King Institute of Preventive Medicine Micro-Biological Section reports 1909-11
Year: 1909
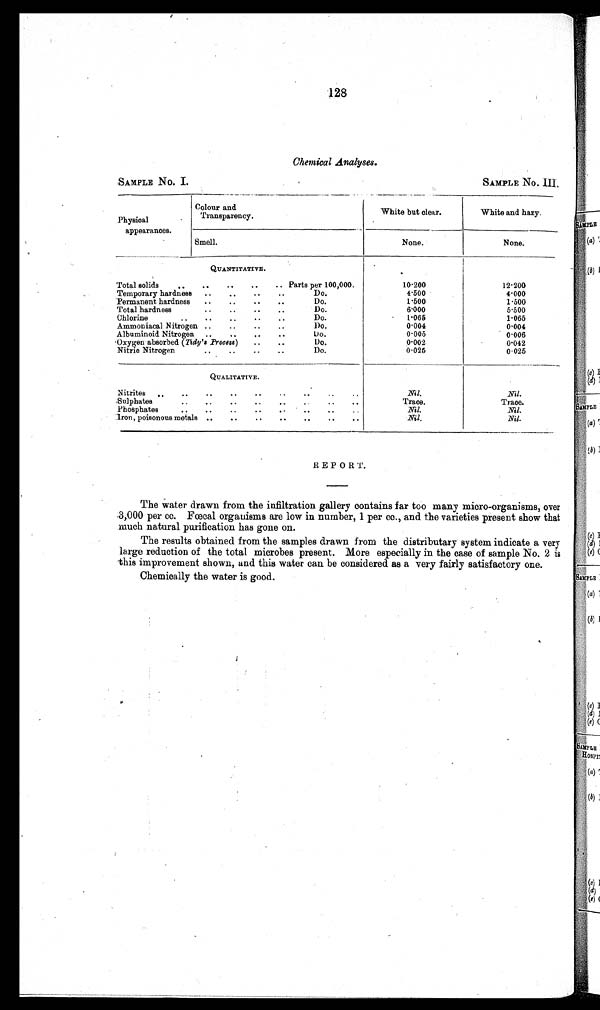
128
Chemical Analyses.
SAMPLE No. I. SAMPLE No. III.
Physical
appearances.
Colour and
Transparency.
White but clear.
White and hazy.
None.
Smell.
None.
QUANTITATIVE.
Total solids
..
..
..
..
.. Parts per 100,000.
10.200
12.200
Temporary hardness ..
..
..
..
Do.
4.500
4.000
Permanent hardness ..
..
..
..
Do.
1.500
1.500
Total hardness
..
..
..
..
Do.
6.000
5.500
Chlorine
..
..
..
..
..
Do.
1.065
1.065
Ammoniacal Nitrogen ..
..
..
..
Do.
0.004
0 . 0 0 4
Albuminoid Nitrogen ..
, .
..
..
Do.
0.005
0.006
'Oxygen absorbed ( Tidy's Process) ..
..
Do.
0.002
0.042
Nitric Nitrogen
..
..
..
..
Do.
0.025
0.025
-----
QUALITATIVE.
Nitrites
..
..
..
..
..
Nil
Nil.
,Sulphates..
..
..
..
..
..
T r a c e .
T r a c e .
Phosphates
..
.. .. .. .. .. ..
Nil.
Nil.
Nil.
Nil.
"Iron, poisonous metals ..
..
. .
. .
. .
. .
. .
REPORT.
The water drawn from the infiltration gallery contains far too many micro-organisms, over
.3,000 per cc. Fœcal organisms are low in number, 1 per cc., and the varieties present show that
much natural purification has gone on.
The results obtained from the samples drawn from the distributary system indicate a very
large reduction of the total microbes present. More especially in the case of sample No. 2 is
this improvement shown, and this water can be considered as a very fairly satisfactory one.
Chemically the water is good.